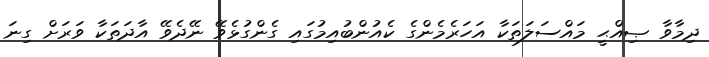
ދިމާވާ ޞިއްޙީ މައްސަލަތަކާ އަހަރެމެންގެ ކެއުންބުއިމުގައި ގެންގުޅެވޭ ނޭދެވޭ އާދަތަކާ ވަރަށް ގިނަ